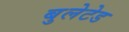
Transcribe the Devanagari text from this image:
बुलेटेड